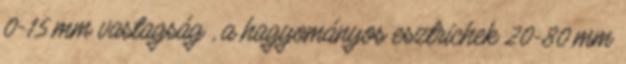
0-15 mm vastagság , a hagyományos esztrichek 20-80 mm